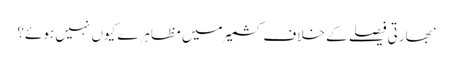
’بھارتی فیصلے کے خلاف کشمیر میں مظاہرے کیوں نہیں ہوئے؟